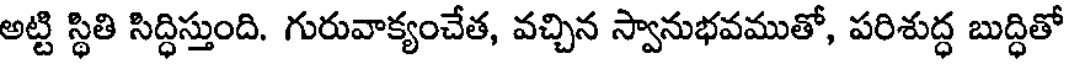
అట్టి స్థితి సిద్ధిస్తుంది. గురువాక్యంచేత, వచ్చిన స్వానుభవముతో, పరిశుద్ధ బుద్ధితో